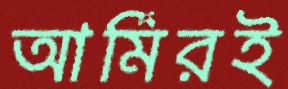
আর্মিরই